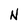
Character: N